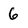
Character: 6